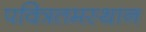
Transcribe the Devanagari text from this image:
पवित्रतमस्थान